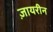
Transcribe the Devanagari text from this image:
ज़ायरीन